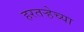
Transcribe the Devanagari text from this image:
हरतर्‍हेच्या